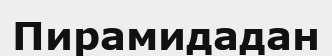
Пирамидадан